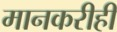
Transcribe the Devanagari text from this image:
मानकरीही